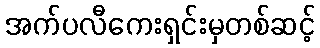
အက်ပလီကေးရှင်းမှတစ်ဆင့်